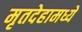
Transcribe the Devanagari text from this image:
मृतदेहामध्ये